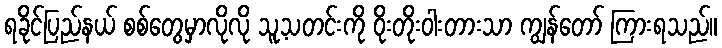
ရခိုင်ပြည်နယ် စစ်တွေမှာလိုလို သူ့သတင်းကို ဝိုးတိုးဝါးတားသာ ကျွန်တော် ကြားရသည်။